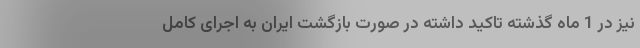
نیز در 1 ماه گذشته تاکید داشته در صورت بازگشت ایران به اجرای کامل